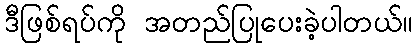
ဒီဖြစ်ရပ်ကို အတည်ပြုပေးခဲ့ပါတယ်။